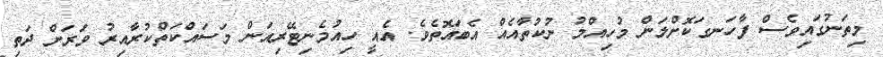
މިތަނުގައިވެސް ފާހަނގަކޮށްލަން މުހިއްމު ނުކުތާއެއް އެބައޮތެވެ. އެއީ ހިއުމެނިޓޭރިއަން މަސައްކަތްކުރާއިރު ވަރަށް ދަތި